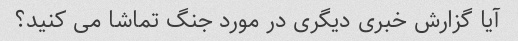
آیا گزارش خبری دیگری در مورد جنگ تماشا می کنید؟